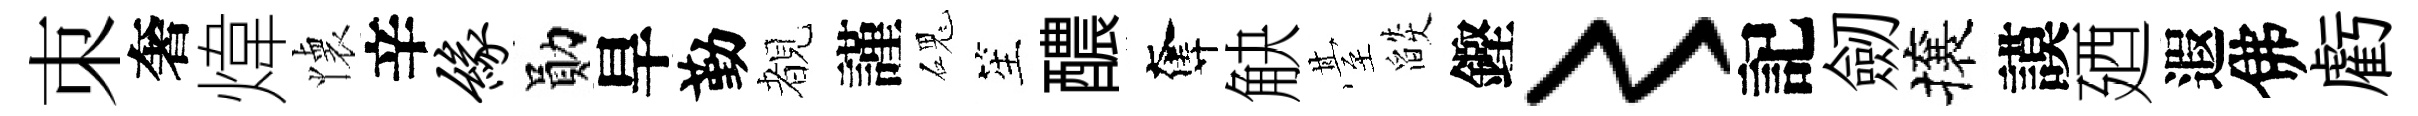
朿奢煒懐辛缘勛旱勤覩謹磈笙醲奪觖䑓燄鏗〻記劒攘謨廼遐佛虧